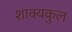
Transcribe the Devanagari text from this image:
शाक्यकुल